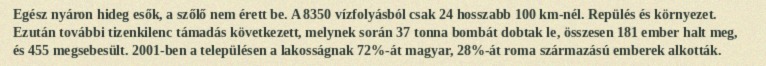
Egész nyáron hideg esők, a szőlő nem érett be. A 8350 vízfolyásból csak 24 hosszabb 100 km-nél. Repülés és környezet. Ezután további tizenkilenc támadás következett, melynek során 37 tonna bombát dobtak le, összesen 181 ember halt meg, és 455 megsebesült. 2001-ben a településen a lakosságnak 72%-át magyar, 28%-át roma származású emberek alkották.